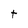
Character: t